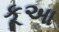
કૂઆ